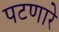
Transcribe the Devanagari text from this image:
पटणारे